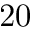
2 0